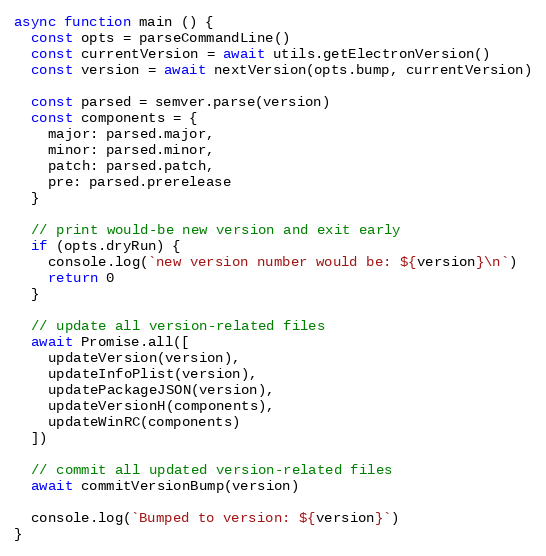
Language: JavaScript
async function main () {
  const opts = parseCommandLine()
  const currentVersion = await utils.getElectronVersion()
  const version = await nextVersion(opts.bump, currentVersion)

  const parsed = semver.parse(version)
  const components = {
    major: parsed.major,
    minor: parsed.minor,
    patch: parsed.patch,
    pre: parsed.prerelease
  }

  // print would-be new version and exit early
  if (opts.dryRun) {
    console.log(`new version number would be: ${version}\n`)
    return 0
  }

  // update all version-related files
  await Promise.all([
    updateVersion(version),
    updateInfoPlist(version),
    updatePackageJSON(version),
    updateVersionH(components),
    updateWinRC(components)
  ])

  // commit all updated version-related files
  await commitVersionBump(version)

  console.log(`Bumped to version: ${version}`)
}